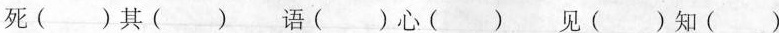
死( )其( ) 语( )心( ) 见( )知( )